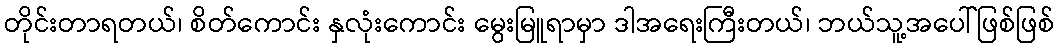
တိုင်းတာရတယ်၊ စိတ်ကောင်း နှလုံးကောင်း မွေးမြူရာမှာ ဒါအရေးကြီးတယ်၊ ဘယ်သူ့အပေါ်ဖြစ်ဖြစ်